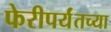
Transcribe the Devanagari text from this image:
फेरीपर्यंतच्या